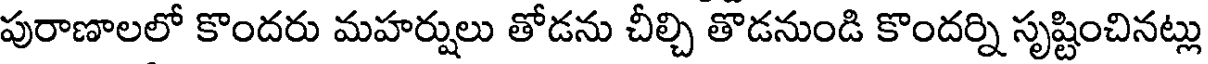
పురాణాలలో కొందరు మహర్షులు తోడను చీల్చి తొడనుండి కొందర్ని సృష్టించినట్లు